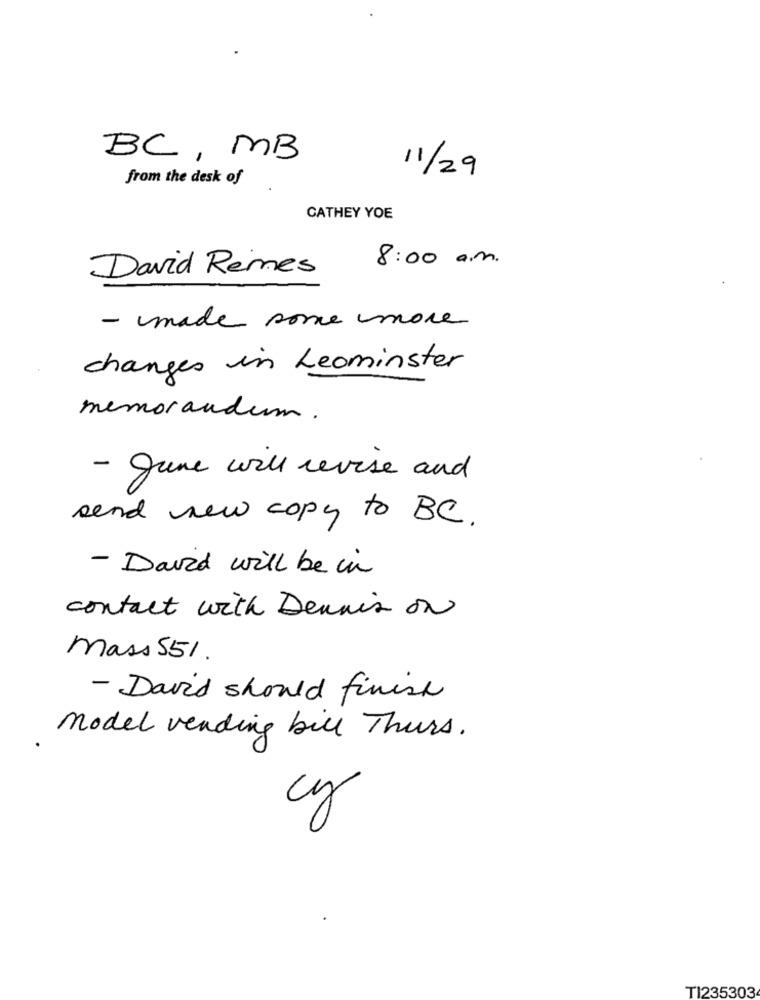
BC, MB
11/29
from the desk of
CATHEY YOE
8:00 a.m.
David Remes
- made some more
changes in Leominster
memorandum .
- June will revise and
send new copy to BC.
- David will be in
contact with Dennis on
mass 551.
- David should finish
model vending bill Thurs.
cy
T1235303